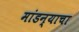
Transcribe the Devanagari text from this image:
मांडन्याचा